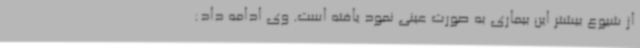
از شیوع بیشتر این بیماری به صورت عینی نمود یافته است. وی ادامه داد: